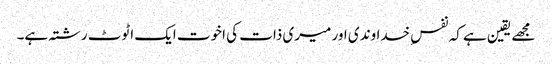
مجھے یقین ہے کہ نفسِ خداوندی اور میری ذات کی اخوت ایک اٹوٹ رشتہ ہے۔